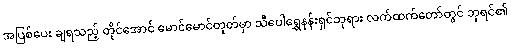
အပြစ်ပေး ချရသည့် တိုင်အောင် မောင်မောင်တုတ်မှာ သီပေါရွှေနန်းရှင်ဘုရား လက်ထက်တော်တွင် ဘုရင်၏